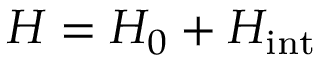
H = H _ { 0 } + H _ { \mathrm { i n t } }